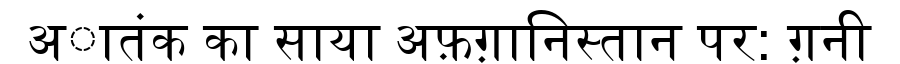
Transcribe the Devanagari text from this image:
अातंक का साया अफ़ग़ानिस्तान पर: ग़नी